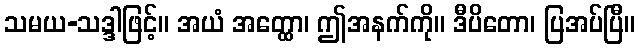
သမယ-သဒ္ဒါဖြင့်။ အယံ အတ္ထော၊ ဤအနက်ကို။ ဒီပိတော၊ ပြအပ်ပြီ။